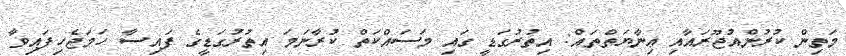
މަތިން ކުރުންއުޖޫރައާއި ޢިނާޔަތްތައް: އިތުރުގަޑީ ގައި މަސައްކަތް ކުރާނަމަ އިތުރުގަޑީގެ ފައިސާ ހަމަޖެހިފައިވާ